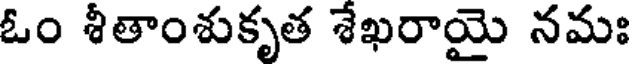
ఓం శీతాంశుకృత శేఖరాయై నమః